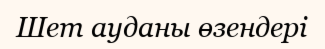
Шет ауданы өзендері